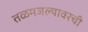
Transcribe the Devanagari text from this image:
तळमजल्यावरची